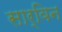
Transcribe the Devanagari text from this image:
सार्विन